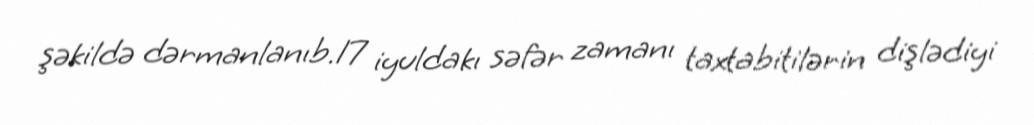
şəkildə dərmanlanıb.17 iyuldakı səfər zamanı taxtabitilərin dişlədiyi